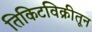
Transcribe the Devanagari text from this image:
तिकिटविक्रीतून